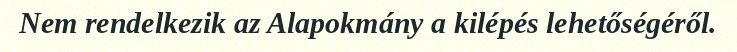
Nem rendelkezik az Alapokmány a kilépés lehetőségéről.